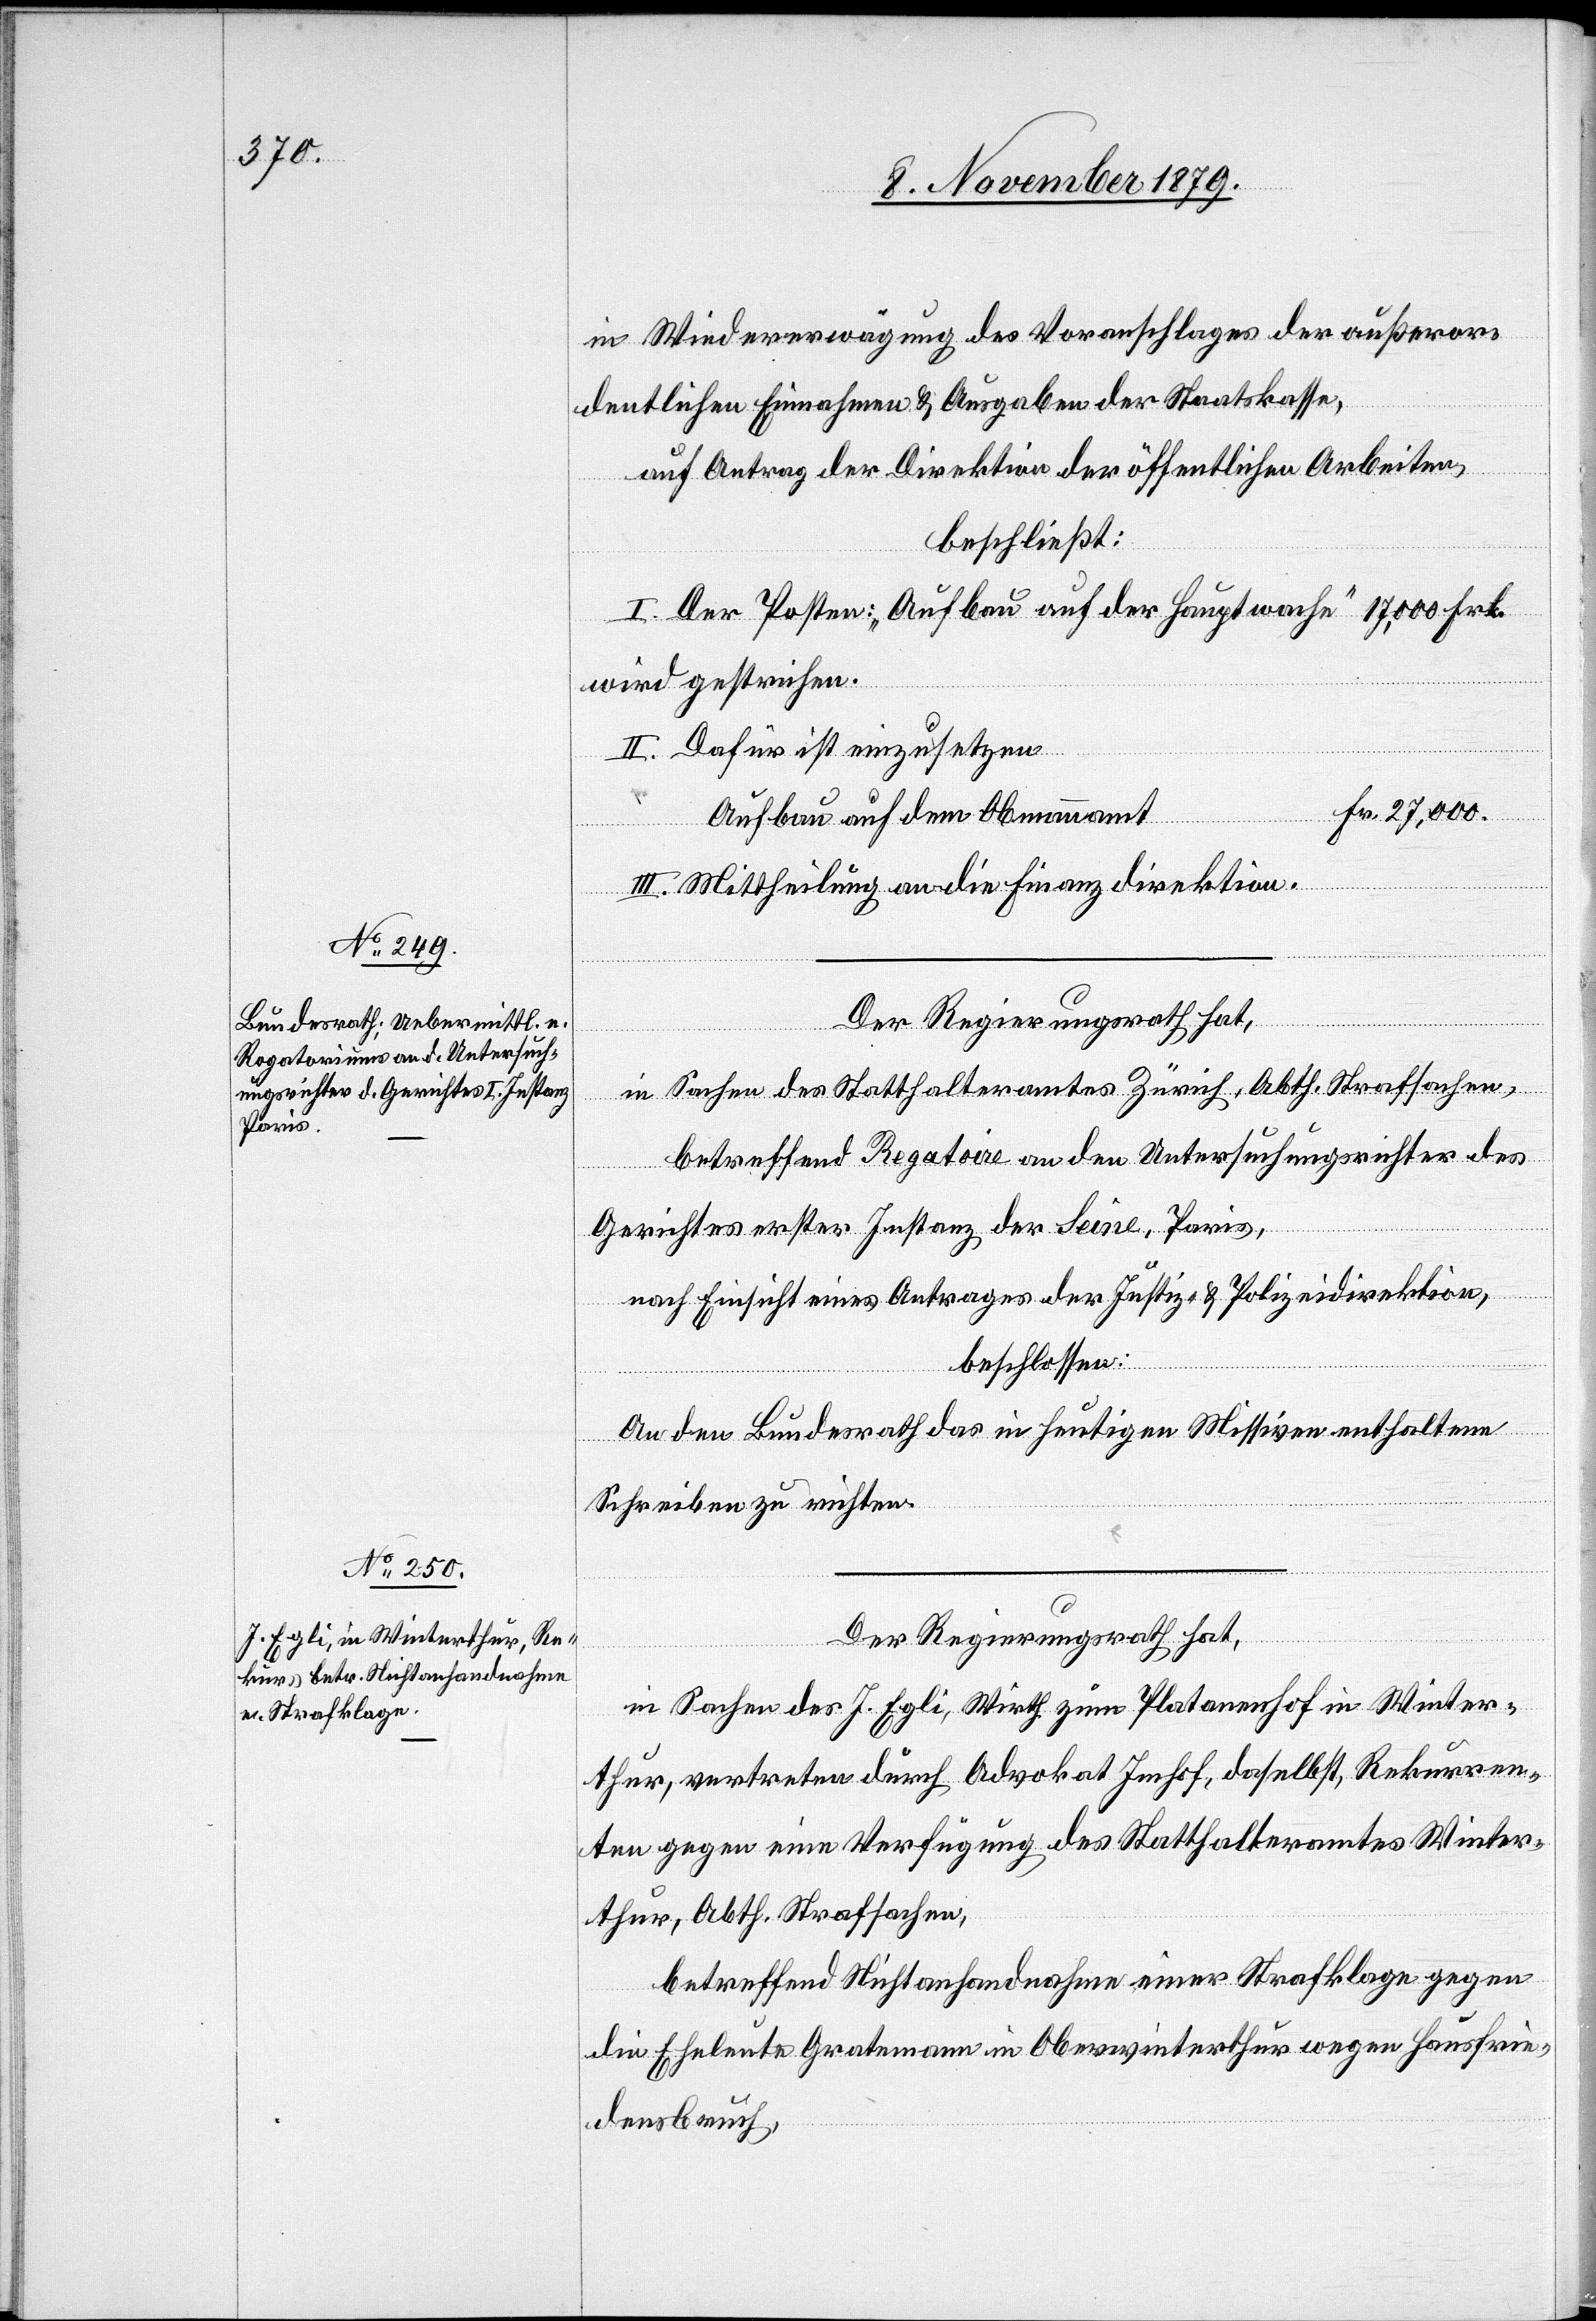
in Wiedererwägung des Voranschlages der außeror¬
dentlichen Einnahmen & Ausgaben der Staatskasse,
auf Antrag der Direktion der öffentlichen Arbeiten,
beschließt:
I. Der Posten: „Aufbau auf der Hauptwache“ 17,000 Frk.
wird gestrichen.
II. Dafür ist einzusetzen
Fr. 27,000.
III. Mittheilung an die Finanzdirektion.
Der Regierungsrath hat,
in Sachen des Statthalteramtes Zürich, Abth. Strafsachen,
betreffend Rogatoire an den Untersuchungsrichter des
Gerichtes erster Instanz der Seine, Paris,
nach Einsicht eines Antrages der Justiz- & Polizeidirektion,
beschlossen:
An den Bundesrath das in heutigen Missiven enthaltene
Schreiben zu richten.
Der Regierungsrath hat,
in Sachen des J. Egli, Wirth zum Platanenhof in Winter¬
thur, vertreten durch Advokat Imhof, daselbst, Rekurren¬
ten gegen eine Verfügung des Statthalteramtes Winter¬
thur, Atbh. Strafsachen,
betreffend Nichtanhandnahme einer Strafklage gegen
die Eheleute Gratemann in Oberwinterthur wegen Hausfrie¬
densbruch,